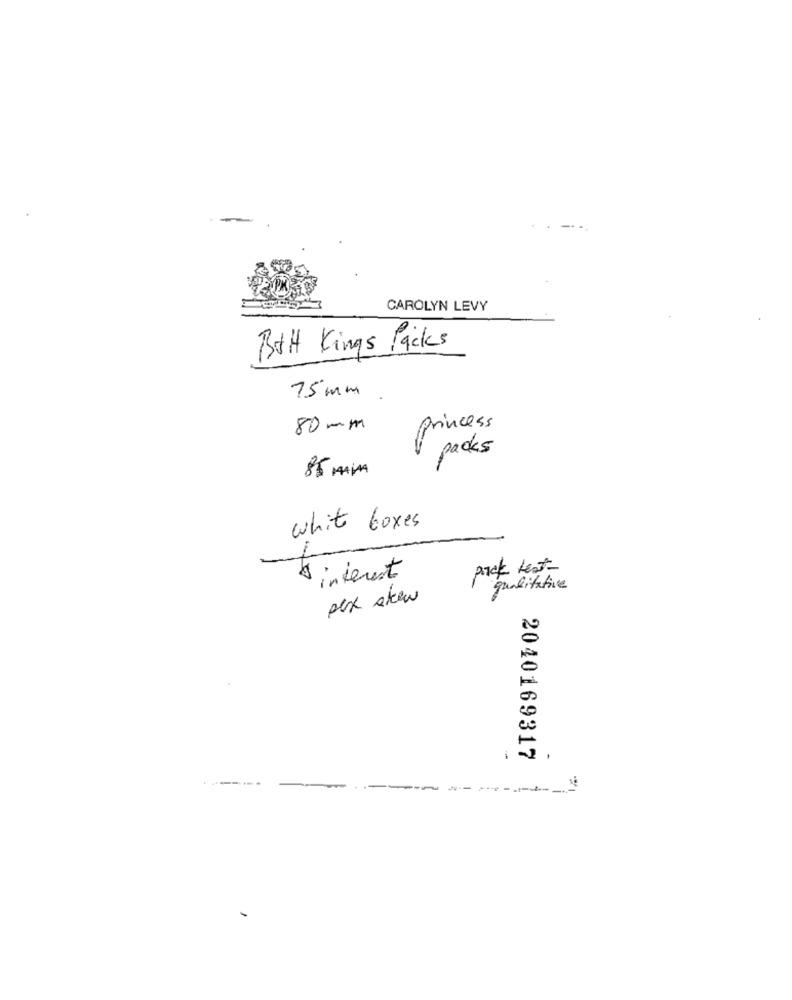
CAROLYN LEVY
BAH Kings Packs
75 mm
80 mm
princess
packs
85 Min
white boxes
1
pack test-
interest
qualitative
pex skew
2040169317
-